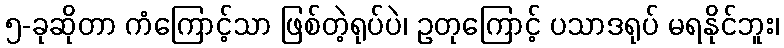
၅-ခုဆိုတာ ကံကြောင့်သာ ဖြစ်တဲ့ရုပ်ပဲ၊ ဥတုကြောင့် ပသာဒရုပ် မရနိုင်ဘူး၊